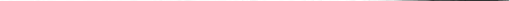
___